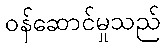
ဝန်ဆောင်မှုသည်